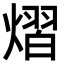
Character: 熠